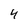
Character: 4